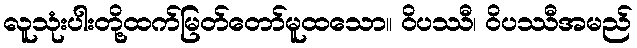
လူသုံးပါးတို့ထက်မြတ်တော်မူထသော။ ဝိပဿီ၊ ဝိပဿီအမည်